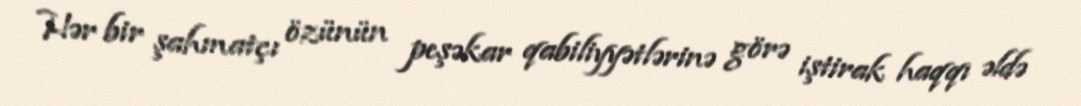
Hər bir şahmatçı özünün peşəkar qabiliyyətlərinə görə iştirak haqqı əldə